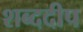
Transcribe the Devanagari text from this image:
शब्ददीप